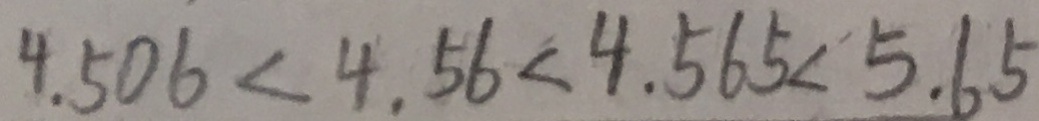
4 . 5 0 6 < 4 . 5 6 < 4 . 5 6 5 < 5 . 6 5